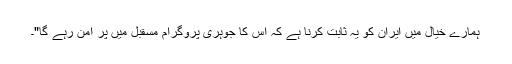
ہمارے خیال میں ایران کو یہ ثابت کرنا ہے کہ اس کا جوہری پروگرام مسقبل میں پر امن رہے گا"۔